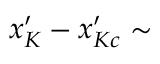
x _ { K } ^ { \prime } - x _ { K c } ^ { \prime } \sim